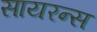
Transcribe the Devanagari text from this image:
सायरन्स